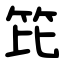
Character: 笓